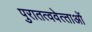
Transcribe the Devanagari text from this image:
पुरातत्ववेत्‍ताओं